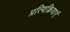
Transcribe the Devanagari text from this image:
प्रत्यिक्रियाएं